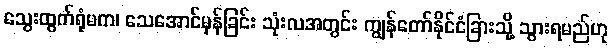
သွေးထွက်ရုံမက၊ သေအောင်မှန်ခြင်း သုံးလအတွင်း ကျွန်တော်နိုင်ငံခြားသို့ သွားရမည်ဟု